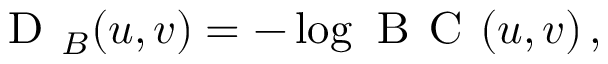
\textsc { D } _ { B } ( u , v ) = - \log \textsc { B C } ( u , v ) \, ,